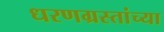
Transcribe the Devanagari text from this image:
धरणग्रस्तांच्या